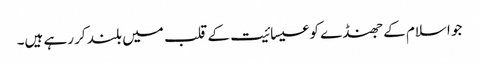
جو اسلام کے جھنڈے کو عیسائیت کے قلب میں بلند کر رہے ہیں۔